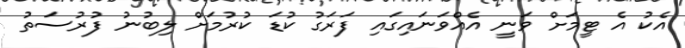
އެކު އެ ޓީމަށް ވަނީ އެއްވަނައިގައި ފަރަގު ކުޑަ ކުރުމަށް ލިބުނު ފުރުސަތު